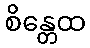
စိန္တေထ